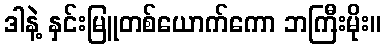
ဒါနဲ့ နှင်းမြူတစ်ယောက်ကော ဘကြီးမိုး။